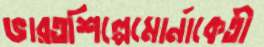
ভারতশিল্পেমোর্নাকেতী